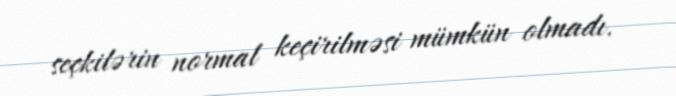
seçkilərin normal keçirilməsi mümkün olmadı.